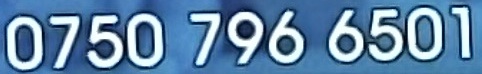
0750 796 6501